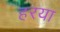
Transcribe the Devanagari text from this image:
हरया